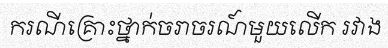
ករណីគ្រោះថ្នាក់ចរាចរណ៍មួយលើក រវាង